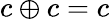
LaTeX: c\oplus c=c